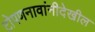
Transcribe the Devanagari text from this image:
टोपणनावांनीदेखील